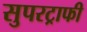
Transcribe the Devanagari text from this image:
सुपरट्राफी